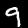
Label: 9